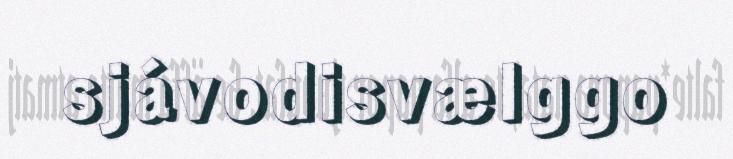
sjávodisvælggo